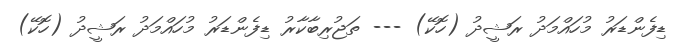
ޑިފެންޑަރު މުހައްމަދު ރަޝީދު (ހޮކޭ) --- ތަޖުރިބާކާރު ޑިފެންޑަރު މުހައްމަދު ރަޝީދު (ހޮކޭ)